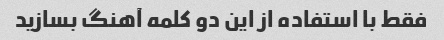
فقط با استفاده از این دو کلمه آهنگ بسازید